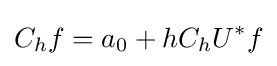
C_{h}f=a_{0}+hC_{h}U^{*}f